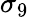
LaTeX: \sigma_{9}